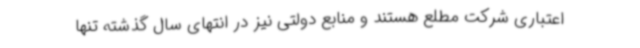
اعتباری شرکت مطلع هستند و منابع دولتی نیز در انتهای سال گذشته تنها